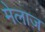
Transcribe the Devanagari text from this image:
मेलाज़